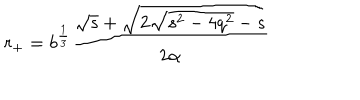
r _ { + } = b ^ { \frac 1 3 } \frac { \sqrt { s } + \sqrt { 2 \sqrt { s ^ { 2 } - 4 q ^ { 2 } } - s } } { 2 \alpha }